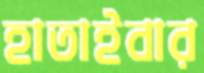
হাতাইবার